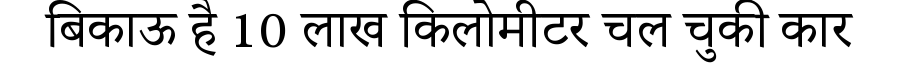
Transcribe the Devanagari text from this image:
बिकाऊ है 10 लाख किलोमीटर चल चुकी कार